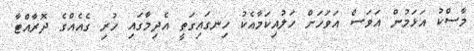
މާސްކު އަޅަމުން އަވަސް އަވަހަށް ހަލުއިކަމާއެކު ހިނގައިގަތީ އެދިމާގައި ހުރި ގެއެއްގެ ދޮރާއްޓާ